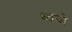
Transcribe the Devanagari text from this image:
ध्वजे